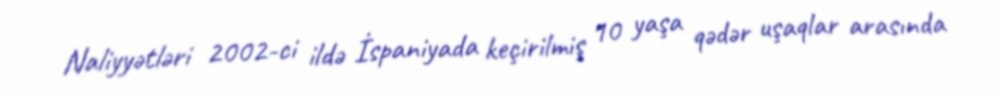
Naliyyətləri 2002-ci ildə İspaniyada keçirilmiş 10 yaşa qədər uşaqlar arasında